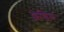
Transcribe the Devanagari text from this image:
छेडित